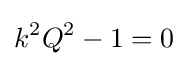
k^{2}Q^{2}-1=0